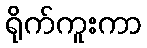
ရိုက်ကူးကာ